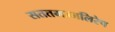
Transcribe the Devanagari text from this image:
सततमज्जलिरेष